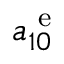
a _ { 1 0 } ^ { \mathrm { ~ e ~ } }